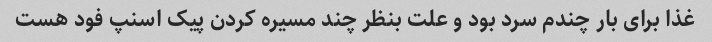
غذا برای بار چندم سرد بود و علت بنظر چند مسیره کردن پیک اسنپ فود هست